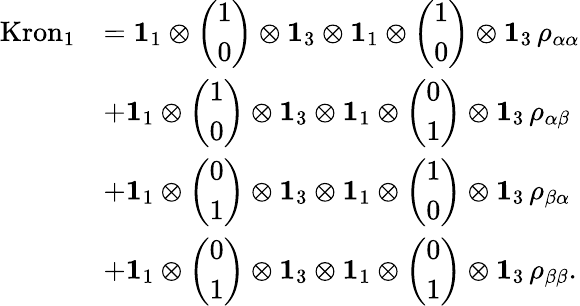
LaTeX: \begin{array}{rl}{\mathrm{Kron}_{1}}&{=\mathbf{1}_{1}\otimes\left(\begin{array}{l}{1}\\ {0}\end{array}\right)\otimes\mathbf{1}_{3}\otimes\mathbf{1}_{1}\otimes\left(\begin{array}{l}{1}\\ {0}\end{array}\right)\otimes\mathbf{1}_{3}\, \rho_{\alpha\alpha}}\\ &{+\mathbf{1}_{1}\otimes\left(\begin{array}{l}{1}\\ {0}\end{array}\right)\otimes\mathbf{1}_{3}\otimes\mathbf{1}_{1}\otimes\left(\begin{array}{l}{0}\\ {1}\end{array}\right)\otimes\mathbf{1}_{3}\, \rho_{\alpha\beta}}\\ &{+\mathbf{1}_{1}\otimes\left(\begin{array}{l}{0}\\ {1}\end{array}\right)\otimes\mathbf{1}_{3}\otimes\mathbf{1}_{1}\otimes\left(\begin{array}{l}{1}\\ {0}\end{array}\right)\otimes\mathbf{1}_{3}\, \rho_{\beta\alpha}}\\ &{+\mathbf{1}_{1}\otimes\left(\begin{array}{l}{0}\\ {1}\end{array}\right)\otimes\mathbf{1}_{3}\otimes\mathbf{1}_{1}\otimes\left(\begin{array}{l}{0}\\ {1}\end{array}\right)\otimes\mathbf{1}_{3}\, \rho_{\beta\beta}.}\end{array}